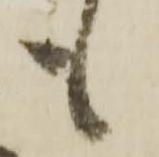
も